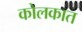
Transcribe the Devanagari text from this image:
कोलकात